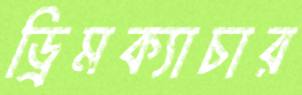
ড্রিমক্যাচার